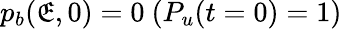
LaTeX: p_{b}(\mathfrak{E},0)=0\ (P_{u}(t=0)=1)